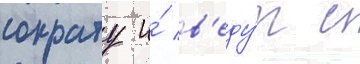
сократу и́ в'еду́т с